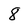
Character: 8